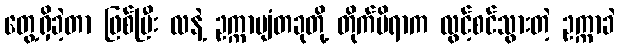
တွေ့ရှိခဲ့တာ ဖြစ်ပြီး လနဲ့ ဥက္ကာပျံတခုတို့ တိုက်မိရာက လွင့်စင်သွားတဲ့ ဥက္ကာခဲ